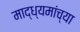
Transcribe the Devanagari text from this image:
माद्ध्यमांच्या